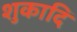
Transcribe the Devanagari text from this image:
शुकादि